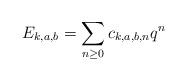
LaTeX: \begin{align*}E_{k,a,b} = \sum_{n \geq 0} c_{k,a,b,n} q^n \end{align*}